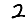
Digit: 2